Vaccination North-Western Provinces 1866-1877 - 1866-1877
Year: 1866
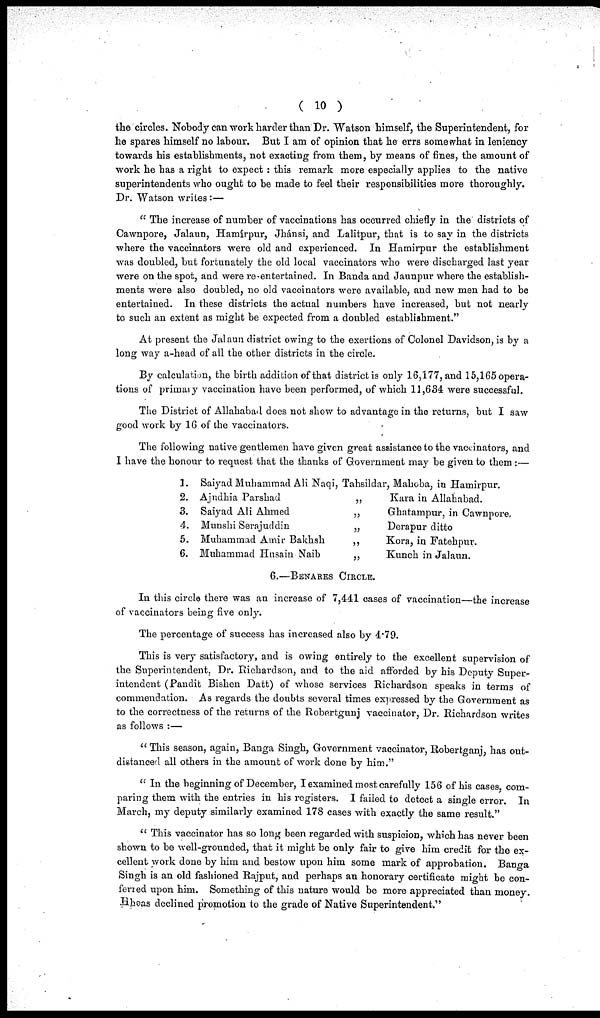
( 10 )
the circles. Nobody can work harder than Dr. Watson himself, the Superintendent, for
he spares himself no labour. But I am of opinion that he errs somewhat in leniency
towards his establishments, not exacting from them, by means of fines, the amount of
work he has a right to expect : this remark more especially applies to the native
superintendents who ought to be made to feel their responsibilities more thoroughly.
Dr. Watson writes :—
"The increase of number of vaccinations has occurred chiefly in the districts of
Cawnpore, Jalaun, Hamírpur, Jhánsi, and Lalitpur, that is to say in the districts
where the vaccinators were old and experienced. In Hamirpur the establishment
was doubled, but fortunately the old local vaccinators who were discharged last year
were on the spot, and were re-entertained. In Banda and Jaunpur where the establish-
ments were also doubled, no old vaccinators were available, and new men had to be
entertained. In these districts the actual numbers have increased, but not nearly
to such an extent as might be expected from a doubled establishment."
At present the Jalaun district owing to the exertions of Colonel Davidson, is by a
long way a-head of all the other districts in the circle.
By calculation, the birth addition of that district is only 16,177, and 15,165 opera-
tions of primary vaccination have been performed, of which 11,634 were successful.
The District of Allahabad does not show to advantage in the returns, but I saw
good work by 16 of the vaccinators.
The following native gentlemen have given great assistance to the vaccinators, and
I have the honour to request that the thanks of Government may be given to them:—
1.
2.
3.
4.
5.
6.
Saiyad Muhammad Ali Naqi, Tahsildar, Mahoba, in Hamirpur.
Ajudhia Parshad
„
Kara in Allahabad.
Saiyad Ali Ahmed
„
Ghatampur, in Cawnpore.
Munshi Serajuddin
„
Derapur ditto.
Muhammad Amir Bakhsh
„
Kora, in Fatehpur.
Muhammad Husain Naib
„
Kunch in Jalaun.
6.— BENARES CIRCLE.
In this circle there was an increase of 7,441 cases of vaccination—the increase
of vaccinators being five only.
The percentage of success has increased also by 4.79.
This is very satisfactory, and is owing entirely to the excellent supervision of
the Superintendent, Dr. Richardson, and to the aid afforded by his Deputy Super-
intendent (Pandit Bishen Datt) of whose services Richardson speaks in terms of
commendation. As regards the doubts several times expressed by the Government as
to the correctness of the returns of the Robertgunj vaccinator, Dr. Richardson writes
as follows :—
"This season, again, Banga Singh, Government vaccinator, Robertganj, has out-
distanced all others in the amount of work done by him."
"In the beginning of December, I examined most carefully 156 of his cases, com-
paring them with the entries in his registers. I failed to detect a single error. In
March, my deputy similarly examined 178 cases with exactly the same result."
"This vaccinator has so long been regarded with suspicion, which has never been
shown to be well-grounded, that it might be only fair to give him credit for the ex-
cellent work done by him and bestow upon him some mark of approbation. Banga
Singh is an old fashioned Rajput, and perhaps an honorary certificate might be con-
ferred upon him. Something of this nature would be more appreciated than money.
He has declined promotion to the grade of Native Superintendent."